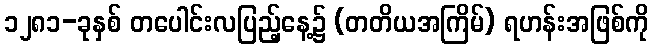
၁၂၈၁-ခုနှစ် တပေါင်းလပြည့်နေ့၌ (တတိယအကြိမ်) ရဟန်းအဖြစ်ကို